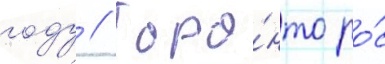
году // Торо́нто ро́с